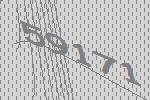
59171